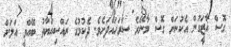
ގޮސް ޣާޒީަގުން އެކުނަށް ގޮސް މާނޭރެ ސަރަހައްދަށެވެ. ދެކުމުގެ ރައްސިއްޔާތު ބޭއްވީ އަލަށް